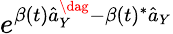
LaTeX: e^{\beta(t)\hat{a}_{Y}^{\dag}-\beta(t)^{*}\hat{a}_{Y}}